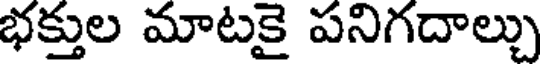
భక్తుల మాటకై పనిగదాల్చు